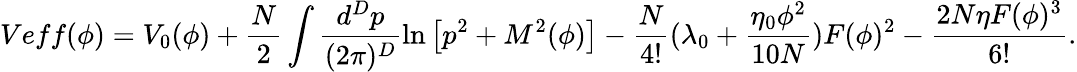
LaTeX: Veff(\phi)=V_{0}(\phi)+\frac{N}{2}\int\frac{d^{D}p}{(2\pi)^{D}}\ln\left[p^{2}+M^{2}(\phi)\right]-\frac{N}{4!}(\lambda_{0}+\frac{\eta_{0}\phi^{2}}{10N})F(\phi)^{2}-\frac{2N\eta F(\phi)^{3}}{6!}.